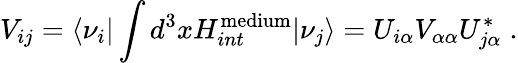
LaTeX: V_{ij}={\langle\nu_{i}|}\int d^{3}x{H_{int}^{\mathrm{medium}}}{|\nu_{j}\rangle}=U_{i\alpha}V_{\alpha\alpha}U_{j\alpha}^{*}\; .